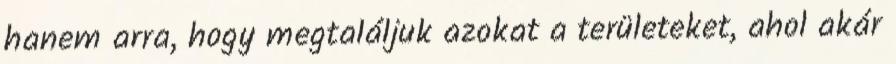
hanem arra, hogy megtaláljuk azokat a területeket, ahol akár